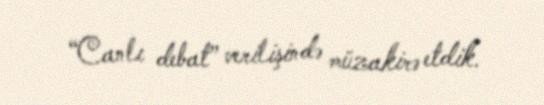
“Canlı debat” verilişində müzakirə etdik.